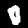
Digit: 0